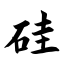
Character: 硅